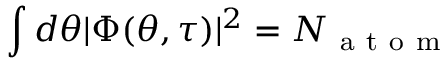
\int d \theta | \Phi ( \theta , \tau ) | ^ { 2 } = N _ { \mathrm { ~ a ~ t ~ o ~ m ~ } }